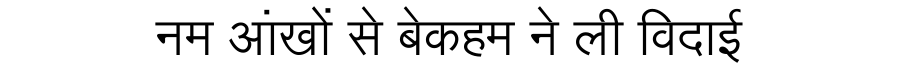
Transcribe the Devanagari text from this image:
नम आंखों से बेकहम ने ली विदाई